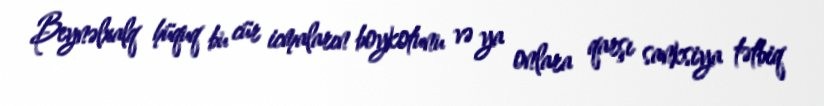
Beynəlxalq hüquq bu cür icmaların boykotunu və ya onlara qarşı sanksiya tətbiq